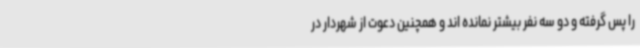
را پس گرفته و دو سه نفر بیشتر نمانده اند و همچنین دعوت از شهردار در